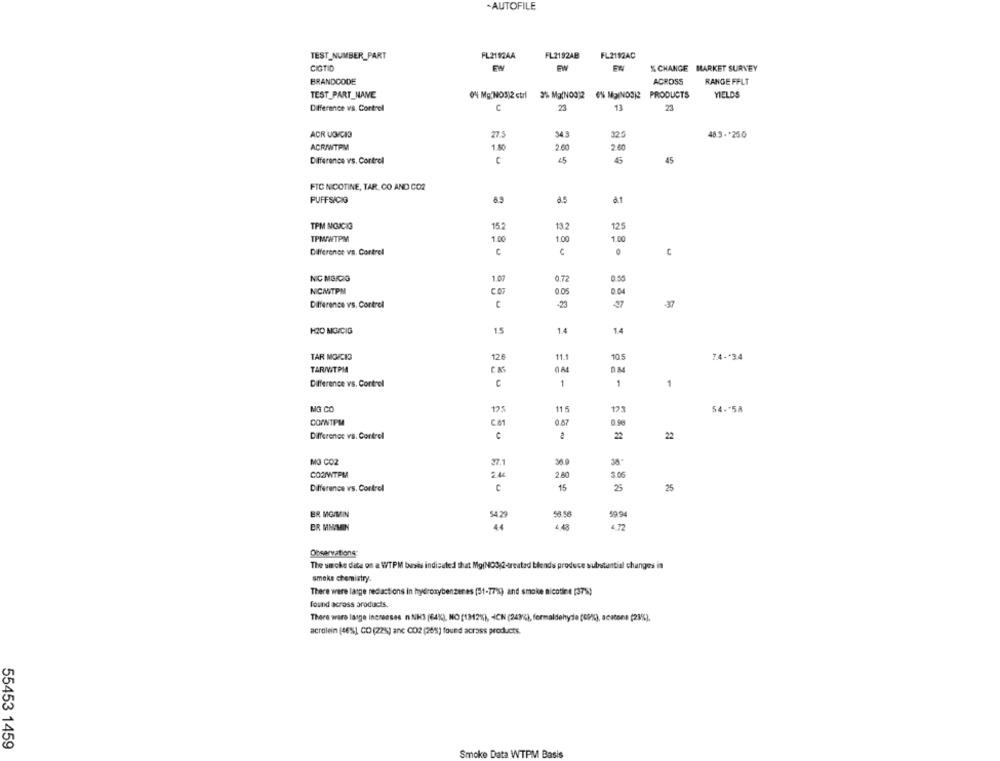
-AUTOFILE
TEST_NUMBER_PART
FL2182AA
FL2192AB
FL2192AC
CIGTIO
FW
FW
% CHANGE MARKET SURVEY
BRANDCODE
ACROSS
RANGE FFLT
TEST_PART_NANE
0% Mg(NOS)2 ctrl
PRODUCTS
YIELDS
C
13
23
Difference vs. Cortrel
ACR VOICI
275
32.5
48.9 .* 25.0
ACRIWTPM
1.80
2.60
2.60
Difference vs. Cortrel
15
45
45
FIC NICOTINE, TAR, CO AND CO2
PUFFSICIO
6.3
8.5
TPM MOICIG
152
13.2
125
TPMWWTPM
1.00
1.00
1.00
Difference vs. Cortrel
NIC MG/CIG
1.07
0.72
0.55
NCMTPM
0.05
0.04
Difference vs. Cortrel
-25
-37
HO MOICIG
1.5
14
14
TAR MORCIO
126
11.1
105
7.4 -* 34
TARANTPIA
0 A
Difference vs. Control
C
1
1
1
MG CO
11 5
121
54 .* 58
COUNTPM
Ca
0.57
0.50
Differenes vs. Cortrel
22
22
MO CO2
36 g
COSWTPMA
3.06
2.80
Difference vs. Cortrel
15
25
25
ER MG/MIN
54.29
58.56
59.94
44
Observations:
The umche date on a WTPM buyis indicated that MgiNOS
reated blends produce substantial changes in
smoke chemistry.
There were large redactions in hydroxybenzer es (51-77%) and smoke nicotine (37%)
Found across products.
There waro lasge increases n NH3 (64%), NO [1912%), - ICH (243%), formaldehyde (61), acetone (23%),
acrolein (46%] CO (22%) anc 002 (28%) found across products.
55453 1459
Smoke Data WTPM Basis